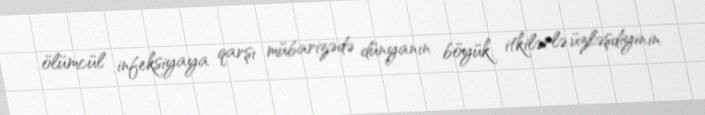
ölümcül infeksiyaya qarşı mübarizədə dünyanın böyük itkilərlə üzləşdiyinin